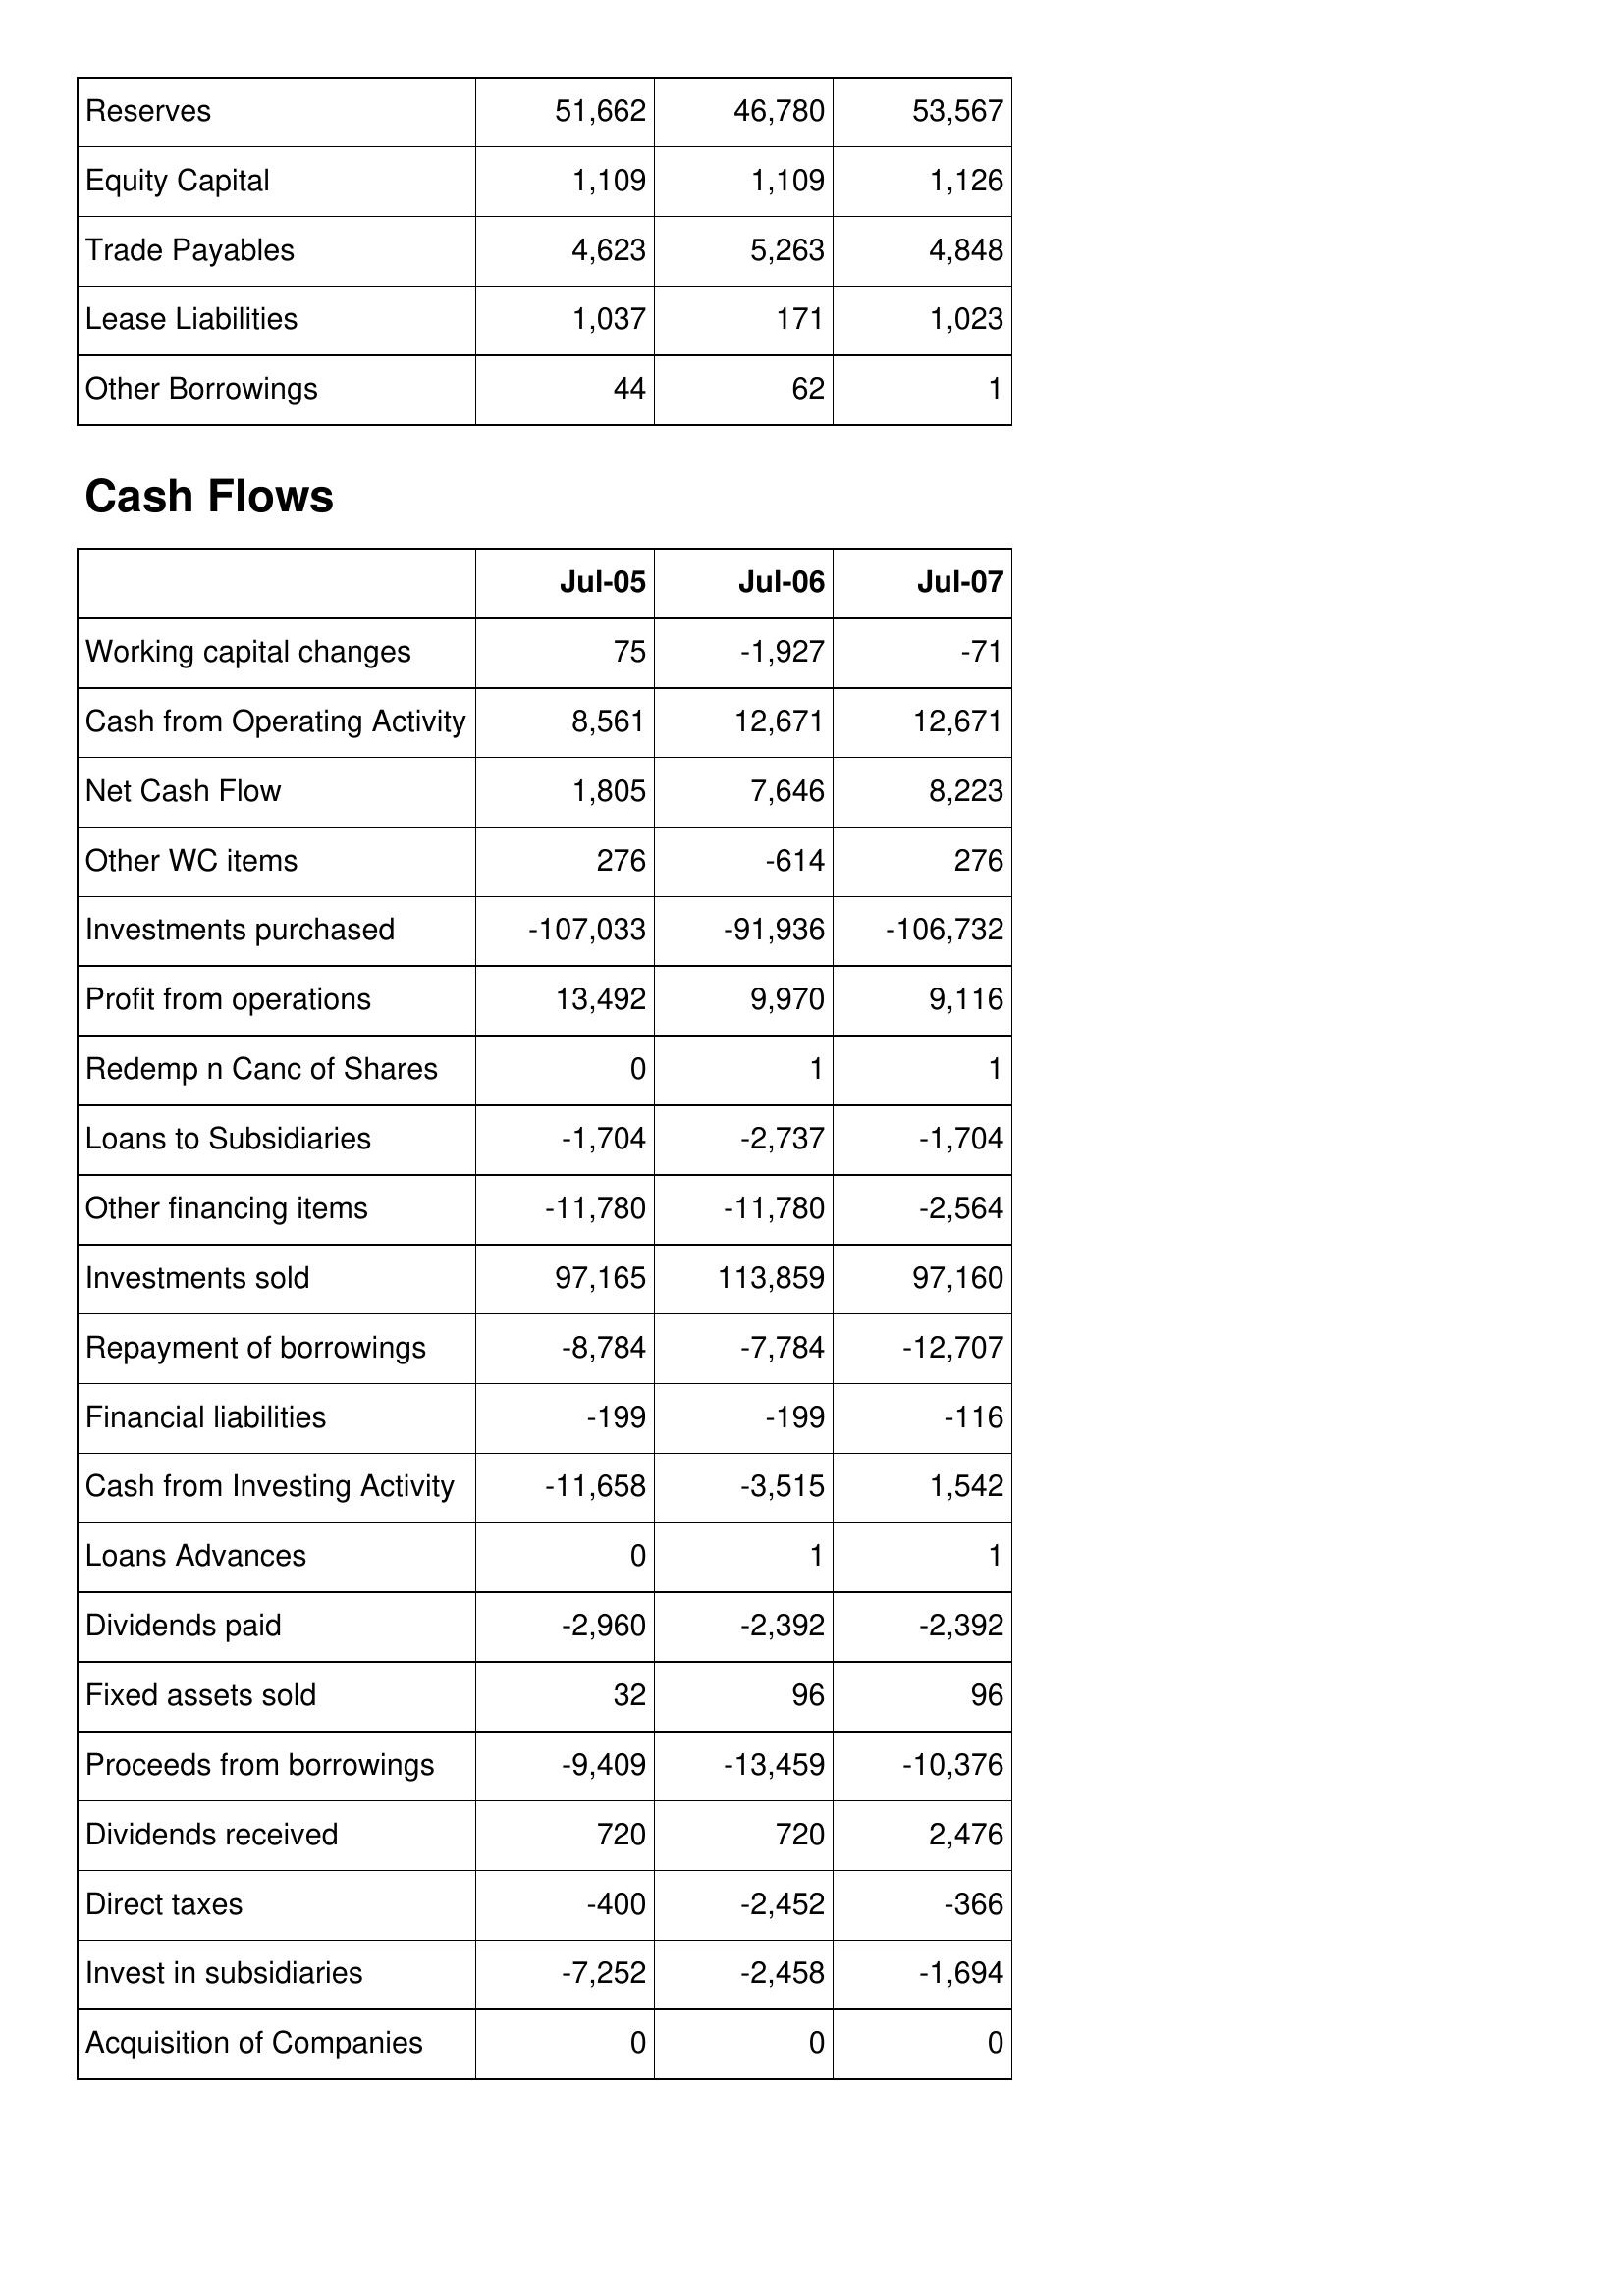
Jul-05: Balance Sheet: Reserves: 51,662
Equity Capital: 1,109
Trade Payables: 4,623
Lease Liabilities: 1,037
Other Borrowings: 44
Cash Flows: Working capital changes: 75
Cash from Operating Activity: 8,561
Net Cash Flow: 1,805
Other WC items: 276
Investments purchased: -107,033
Profit from operations: 13,492
Redemp n Canc of Shares: 0
Loans to Subsidiaries: -1,704
Other financing items: -11,780
Investments sold: 97,165
Repayment of borrowings: -8,784
Financial liabilities: -199
Cash from Investing Activity: -11,658
Loans Advances: 0
Dividends paid: -2,960
Fixed assets sold: 32
Proceeds from borrowings: -9,409
Dividends received: 720
Direct taxes: -400
Invest in subsidiaries: -7,252
Acquisition of Companies: 0
Jul-06: Balance Sheet: Reserves: 46,780
Equity Capital: 1,109
Trade Payables: 5,263
Lease Liabilities: 171
Other Borrowings: 62
Cash Flows: Working capital changes: -1,927
Cash from Operating Activity: 12,671
Net Cash Flow: 7,646
Other WC items: -614
Investments purchased: -91,936
Profit from operations: 9,970
Redemp n Canc of Shares: 1
Loans to Subsidiaries: -2,737
Other financing items: -11,780
Investments sold: 113,859
Repayment of borrowings: -7,784
Financial liabilities: -199
Cash from Investing Activity: -3,515
Loans Advances: 1
Dividends paid: -2,392
Fixed assets sold: 96
Proceeds from borrowings: -13,459
Dividends received: 720
Direct taxes: -2,452
Invest in subsidiaries: -2,458
Acquisition of Companies: 0
Jul-07: Balance Sheet: Reserves: 53,567
Equity Capital: 1,126
Trade Payables: 4,848
Lease Liabilities: 1,023
Other Borrowings: 1
Cash Flows: Working capital changes: -71
Cash from Operating Activity: 12,671
Net Cash Flow: 8,223
Other WC items: 276
Investments purchased: -106,732
Profit from operations: 9,116
Redemp n Canc of Shares: 1
Loans to Subsidiaries: -1,704
Other financing items: -2,564
Investments sold: 97,160
Repayment of borrowings: -12,707
Financial liabilities: -116
Cash from Investing Activity: 1,542
Loans Advances: 1
Dividends paid: -2,392
Fixed assets sold: 96
Proceeds from borrowings: -10,376
Dividends received: 2,476
Direct taxes: -366
Invest in subsidiaries: -1,694
Acquisition of Companies: 0